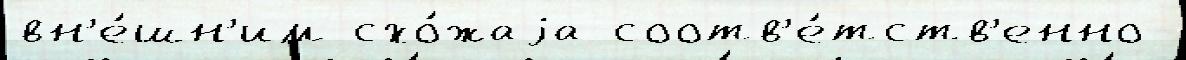
вн'е́шн'им схо́жаjа соотв'е́тств'енно